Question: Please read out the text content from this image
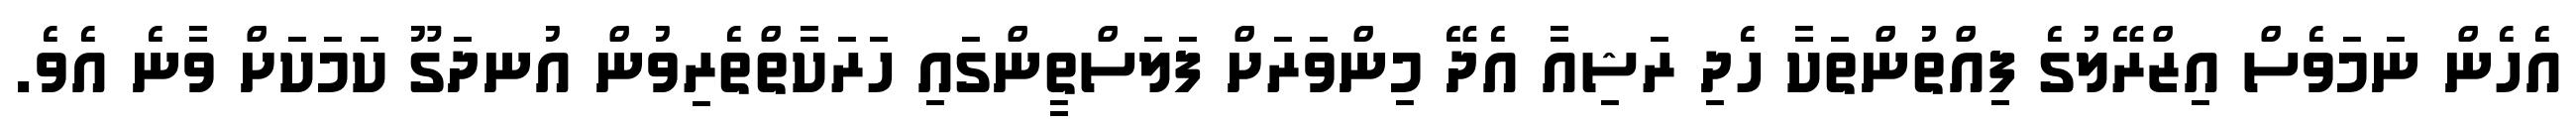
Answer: އެހެން ނަމަވެސް އިޒްރޭލުގެ ފިއްތުންތަކާ ހެދި ރަޝިއާ އެދޭ މިންވަރަށް ފަލަސްތީންގައި ހަރަކާތްތެރިވުން އުނދަގޫ ކަމަކަށް ވާނެ އެވެ.